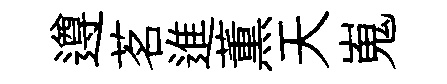
遵茗進薫天嵬